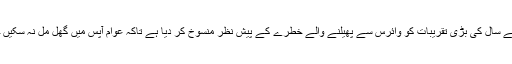
بیجنگ اور ہانگ کانگ میں حکومت نے نئے سال کی بڑی تقریبات کو وائرس سے پھیلنے والے خطرے کے پیش نظر منسوخ کر دیا ہے تاکہ عوام آپس میں گھل مل نہ سکیں جس سے وائرس کے پھیلاو¿ کا خدشہ ہے۔